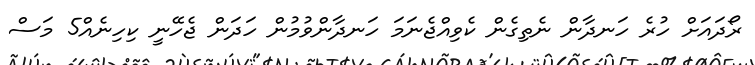
ރޯދައަށް ހުރެ ހަނދާން ނެތިގެން ކެވިއްޖެނަމަ ހަނދާންވުމުން ހަދަން ޖެހޭނީ ކިހިނެއް5 މަސް